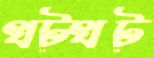
খট্‌খট্‌